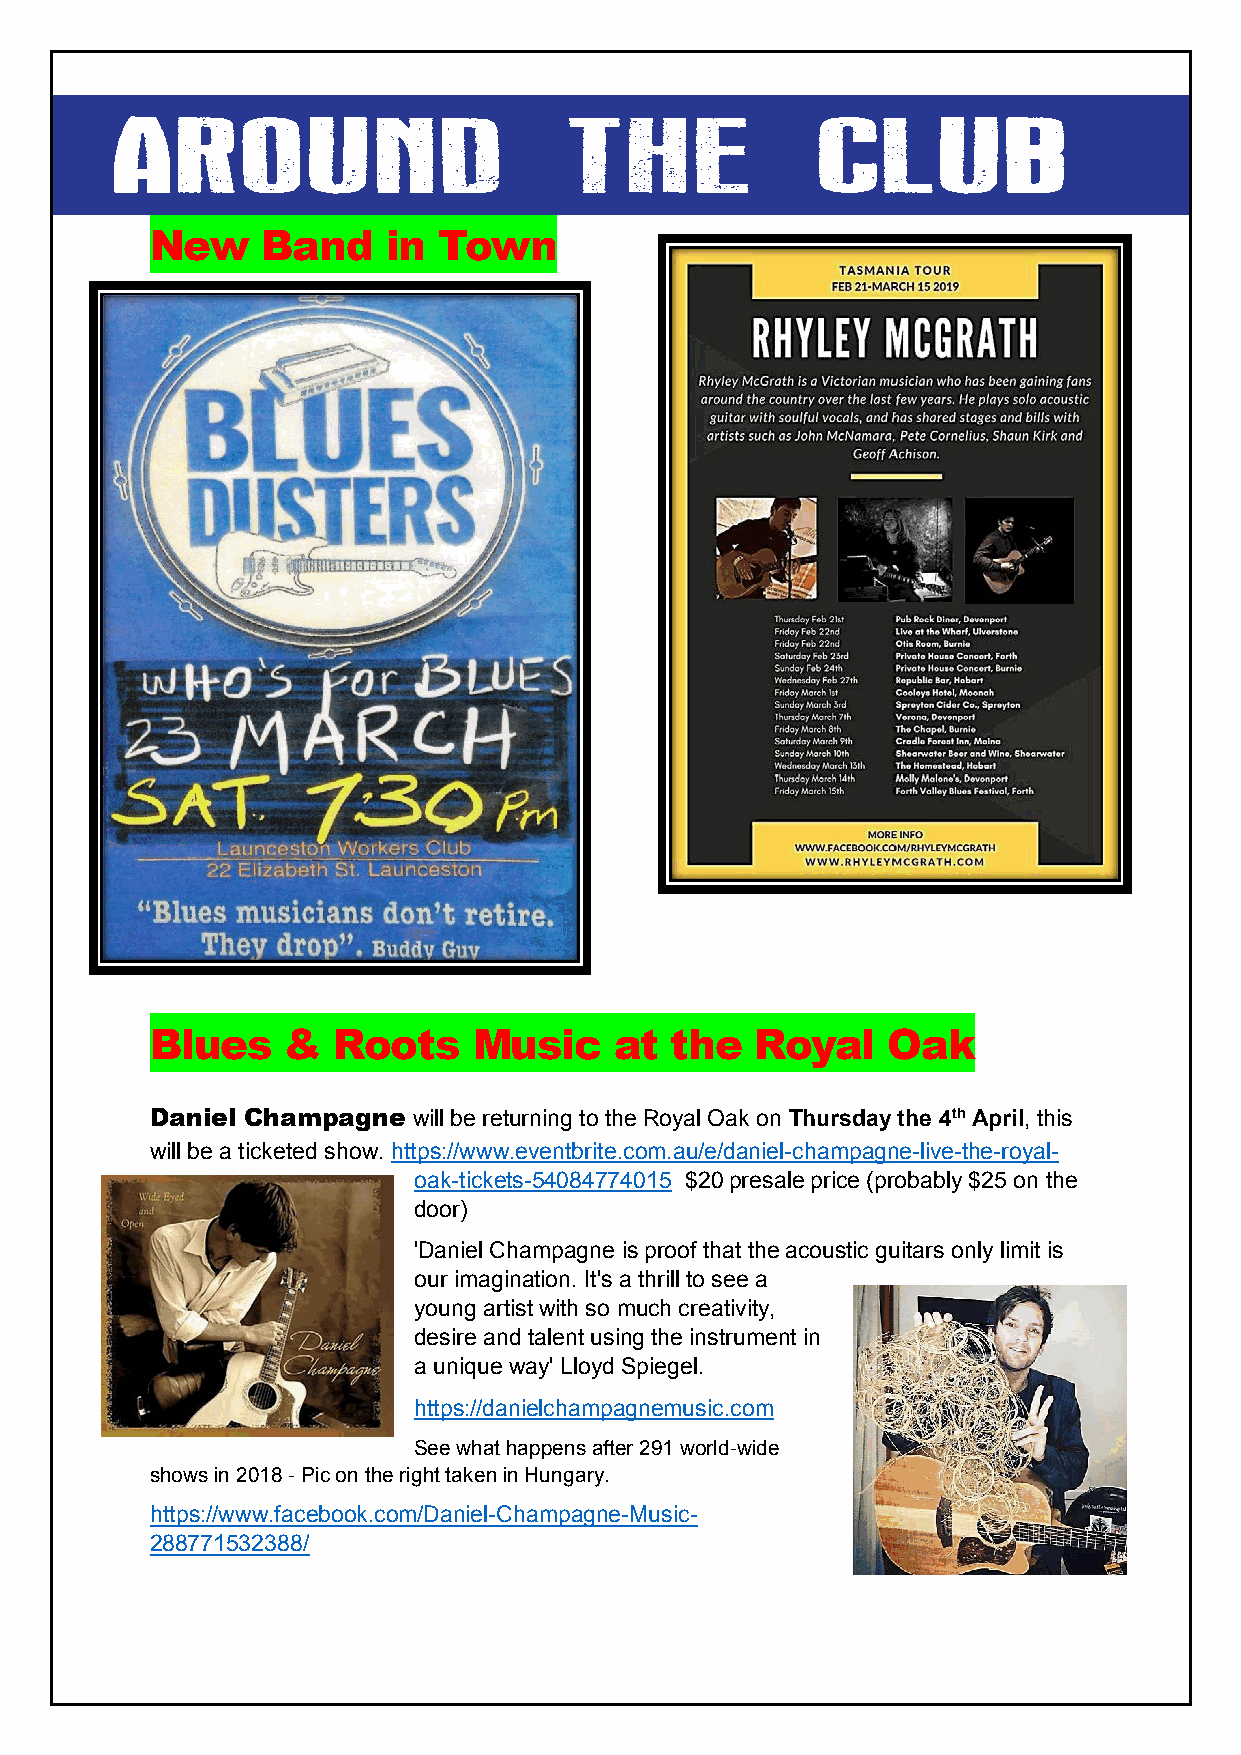
New    Band     in Town
 Blues    &  Roots    Music     at the   Royal    Oak
 Daniel Champagne will be returning to the Royal Oak on Thursday the 4th April, this
 will be a ticketed show. https://www.eventbrite.com.au/e/daniel-champagne-live-the-royal-
 oak-tickets-54084774015 $20 presale price (probably $25 on the
 door)
 'Daniel Champagne is proof that the acoustic guitars only limit is
 our imagination. It's a thrill to see a
 young artist with so much creativity,
 desire and talent using the instrument in
 a unique way' Lloyd Spiegel.
 https://danielchampagnemusic.com
 See what happens after 291 world-wide
 shows in 2018 - Pic on the right taken in Hungary.
 https://www.facebook.com/Daniel-Champagne-Music-
 288771532388/